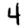
Digit: 4